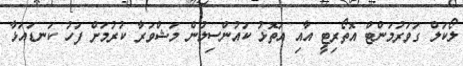
ލޯކަލް ގަވަރުމަންޓް އޮތޯރިޓީ އާއި އަތޮޅު ކައުންސިލުން މަޝްވަރާ ކުރުމަށް ފަހު ކަނޑައަޅާ